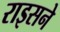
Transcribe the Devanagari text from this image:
राइसने